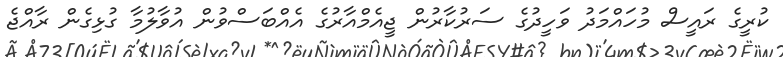
ކުރީގެ ރައީސް މުހައްމަދު ވަހީދުގެ ސަރުކާރުން ޖީއެމްއާރުގެ އެއްބަސްވުން އުވާލުމާ ގުޅިގެން ރާއްޖެ